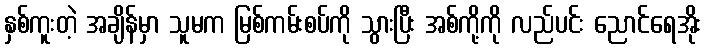
နှစ်ကူးတဲ့ အချိန်မှာ သူမက မြစ်ကမ်းစပ်ကို သွားပြီး အစ်ကို့ကို လည်ပင်း ညောင်ရေအိုး